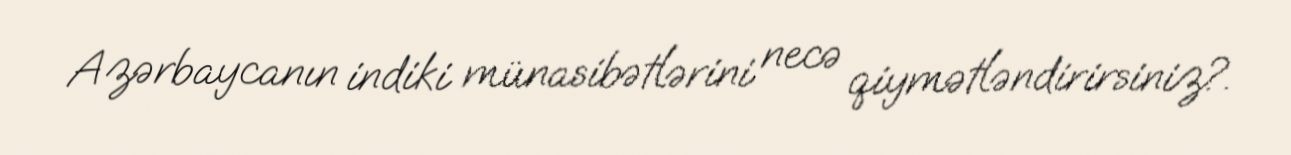
Azərbaycanın indiki münasibətlərini necə qiymətləndirirsiniz?.